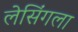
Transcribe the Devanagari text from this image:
लेसिंगला